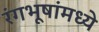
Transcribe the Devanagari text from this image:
रंगभूषांमध्ये